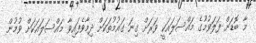
މާ ބޮޑަށް ފަލަވުމުގެ މައްސަލައަކީ ވަރަށް ގިނަ ގައުމުތަކަށް ދިމާވެފައިވާ މައްސަލައަކަށް ވުމުން